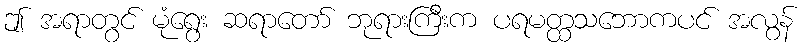
ဤ အရာတွင် မုံရွေး ဆရာတော် ဘုရားကြီးက ပရမတ္ထသဘောကပင် အလွန်